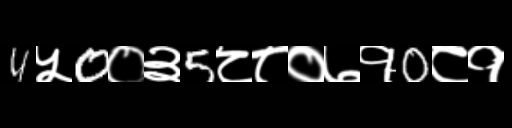
Text: 4५0०३5८८०७१0८१